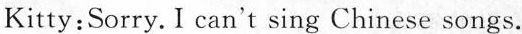
Kitty: Sorry.I can't sing Chinese songs.